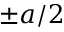
\pm a / 2